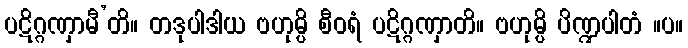
ပဋိဂ္ဂဏှာမီ’တိ။ တဒုပါဒါယ ဗဟုမ္ပိ စီဝရံ ပဋိဂ္ဂဏှာတိ။ ဗဟုမ္ပိ ပိဏ္ဍပါတံ ။ပ။